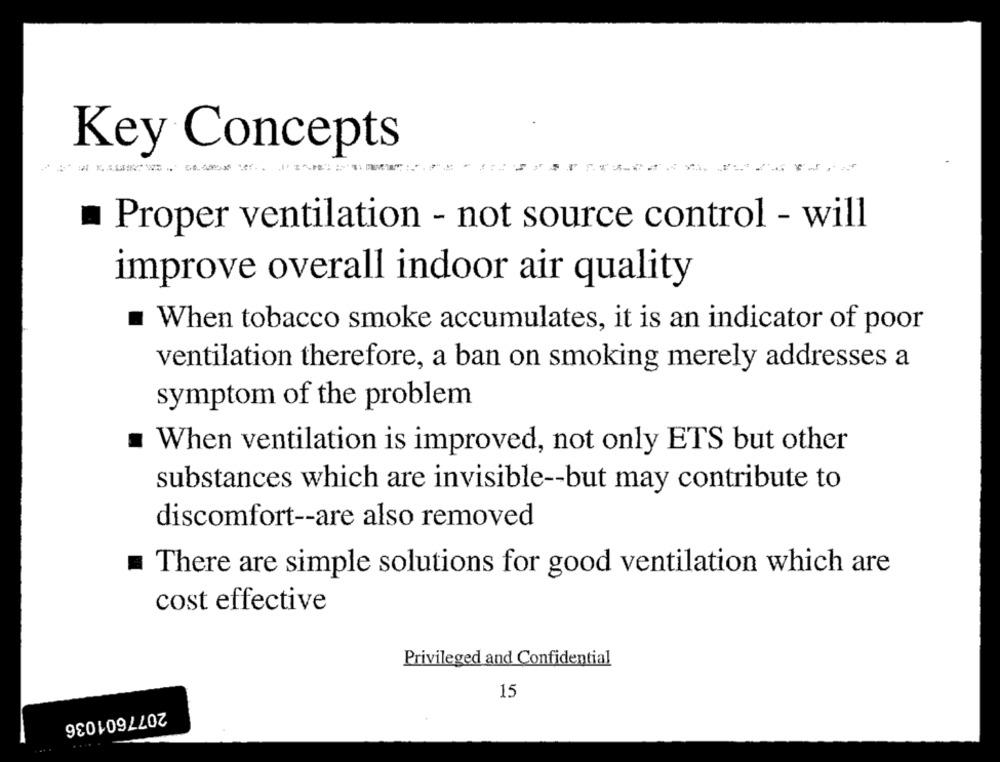
Key Concepts
Proper ventilation - not source control - will
.
improve overall indoor air quality
When tobacco smoke accumulates, it is an indicator of poor
ventilation therefore, a ban on smoking merely addresses a
symptom of the problem
When ventilation is improved, not only ETS but other
substances which are invisible -- but may contribute to
discomfort -- are also removed
.
There are simple solutions for good ventilation which are
cost effective
Privileged and Confidential
15
2077601036